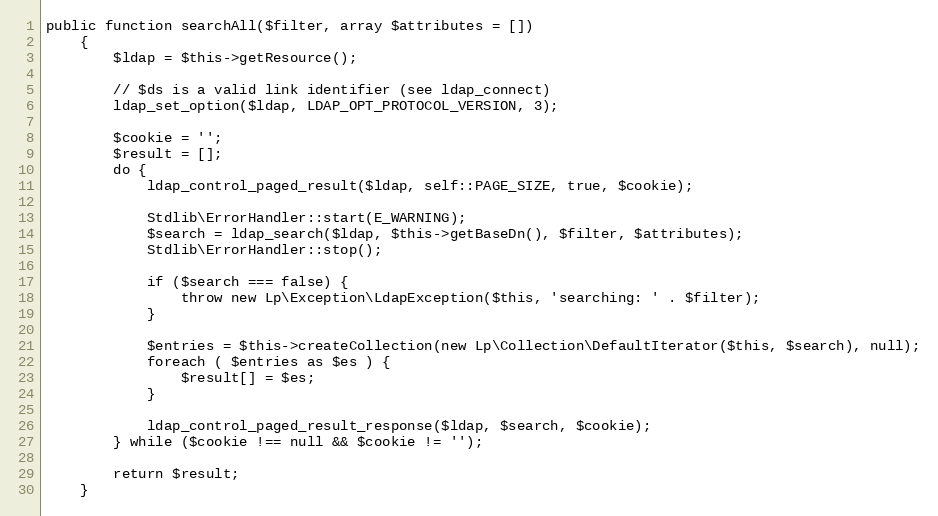
Language: PHP
public function searchAll($filter, array $attributes = [])
	{
		$ldap = $this->getResource();

		// $ds is a valid link identifier (see ldap_connect)
		ldap_set_option($ldap, LDAP_OPT_PROTOCOL_VERSION, 3);

		$cookie = '';
		$result = [];
		do {
			ldap_control_paged_result($ldap, self::PAGE_SIZE, true, $cookie);

			Stdlib\ErrorHandler::start(E_WARNING);
			$search = ldap_search($ldap, $this->getBaseDn(), $filter, $attributes);
			Stdlib\ErrorHandler::stop();

			if ($search === false) {
				throw new Lp\Exception\LdapException($this, 'searching: ' . $filter);
			}

			$entries = $this->createCollection(new Lp\Collection\DefaultIterator($this, $search), null);
			foreach ( $entries as $es ) {
				$result[] = $es;
			}

			ldap_control_paged_result_response($ldap, $search, $cookie);
		} while ($cookie !== null && $cookie != '');

		return $result;
	}